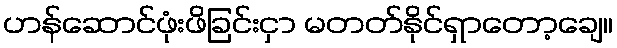
ဟန်ဆောင်ဖုံးဖိခြင်းငှာ မတတ်နိုင်ရှာတော့ချေ။